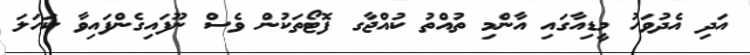
އަދި އެދުވަހު މީޑިއާގައި އާންމި ތުއްތު ކުއްޖާގ ފޮޓޯތަކުން ވެސް ނޫފައިގެންފައިވާ ކަހަލަ